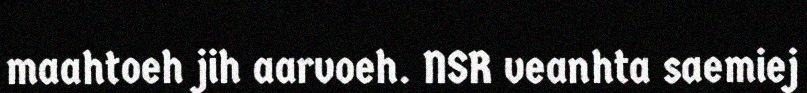
maahtoeh jih aarvoeh. NSR veanhta saemiej